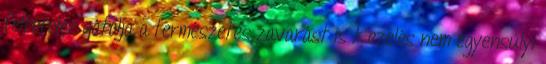
feltételez gátolja a természetes zavarást is Kezelés nem egyensúlyi